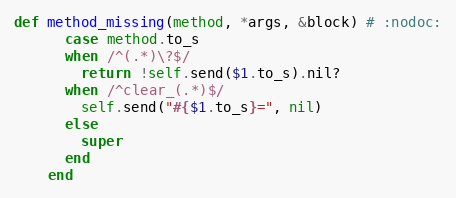
Language: Ruby
def method_missing(method, *args, &block) # :nodoc:
      case method.to_s
      when /^(.*)\?$/
        return !self.send($1.to_s).nil?
      when /^clear_(.*)$/
        self.send("#{$1.to_s}=", nil)
      else
        super
      end
    end